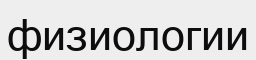
физиологии